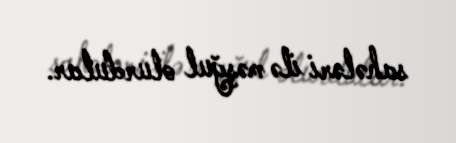
sahələri ilə məşğul olurdular.